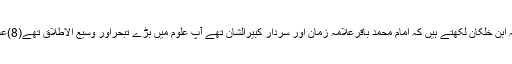
آپ کے ہدایات وکلمات اس کثرت سے ہیں کہ ان کا احصاء اس کتاب میں ناممکن ہے(7)علامہ ابن خلکان لکھتے ہیں کہ امام محمد باقرعلامہ زمان اور سردار کبیرالشان تھے آپ علوم میں بڑے تبحراور وسیع الاطلاق تھے(8)علامہ ذہبی لکھتے ہیں کہ آپ بنی ہاشم کے سرداراورمتبحر علمی کی وجہ سے باقرمشہورتھے ۔